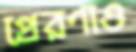
প্রেরণাও